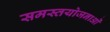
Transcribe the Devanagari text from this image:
समस्तयोजनाओं